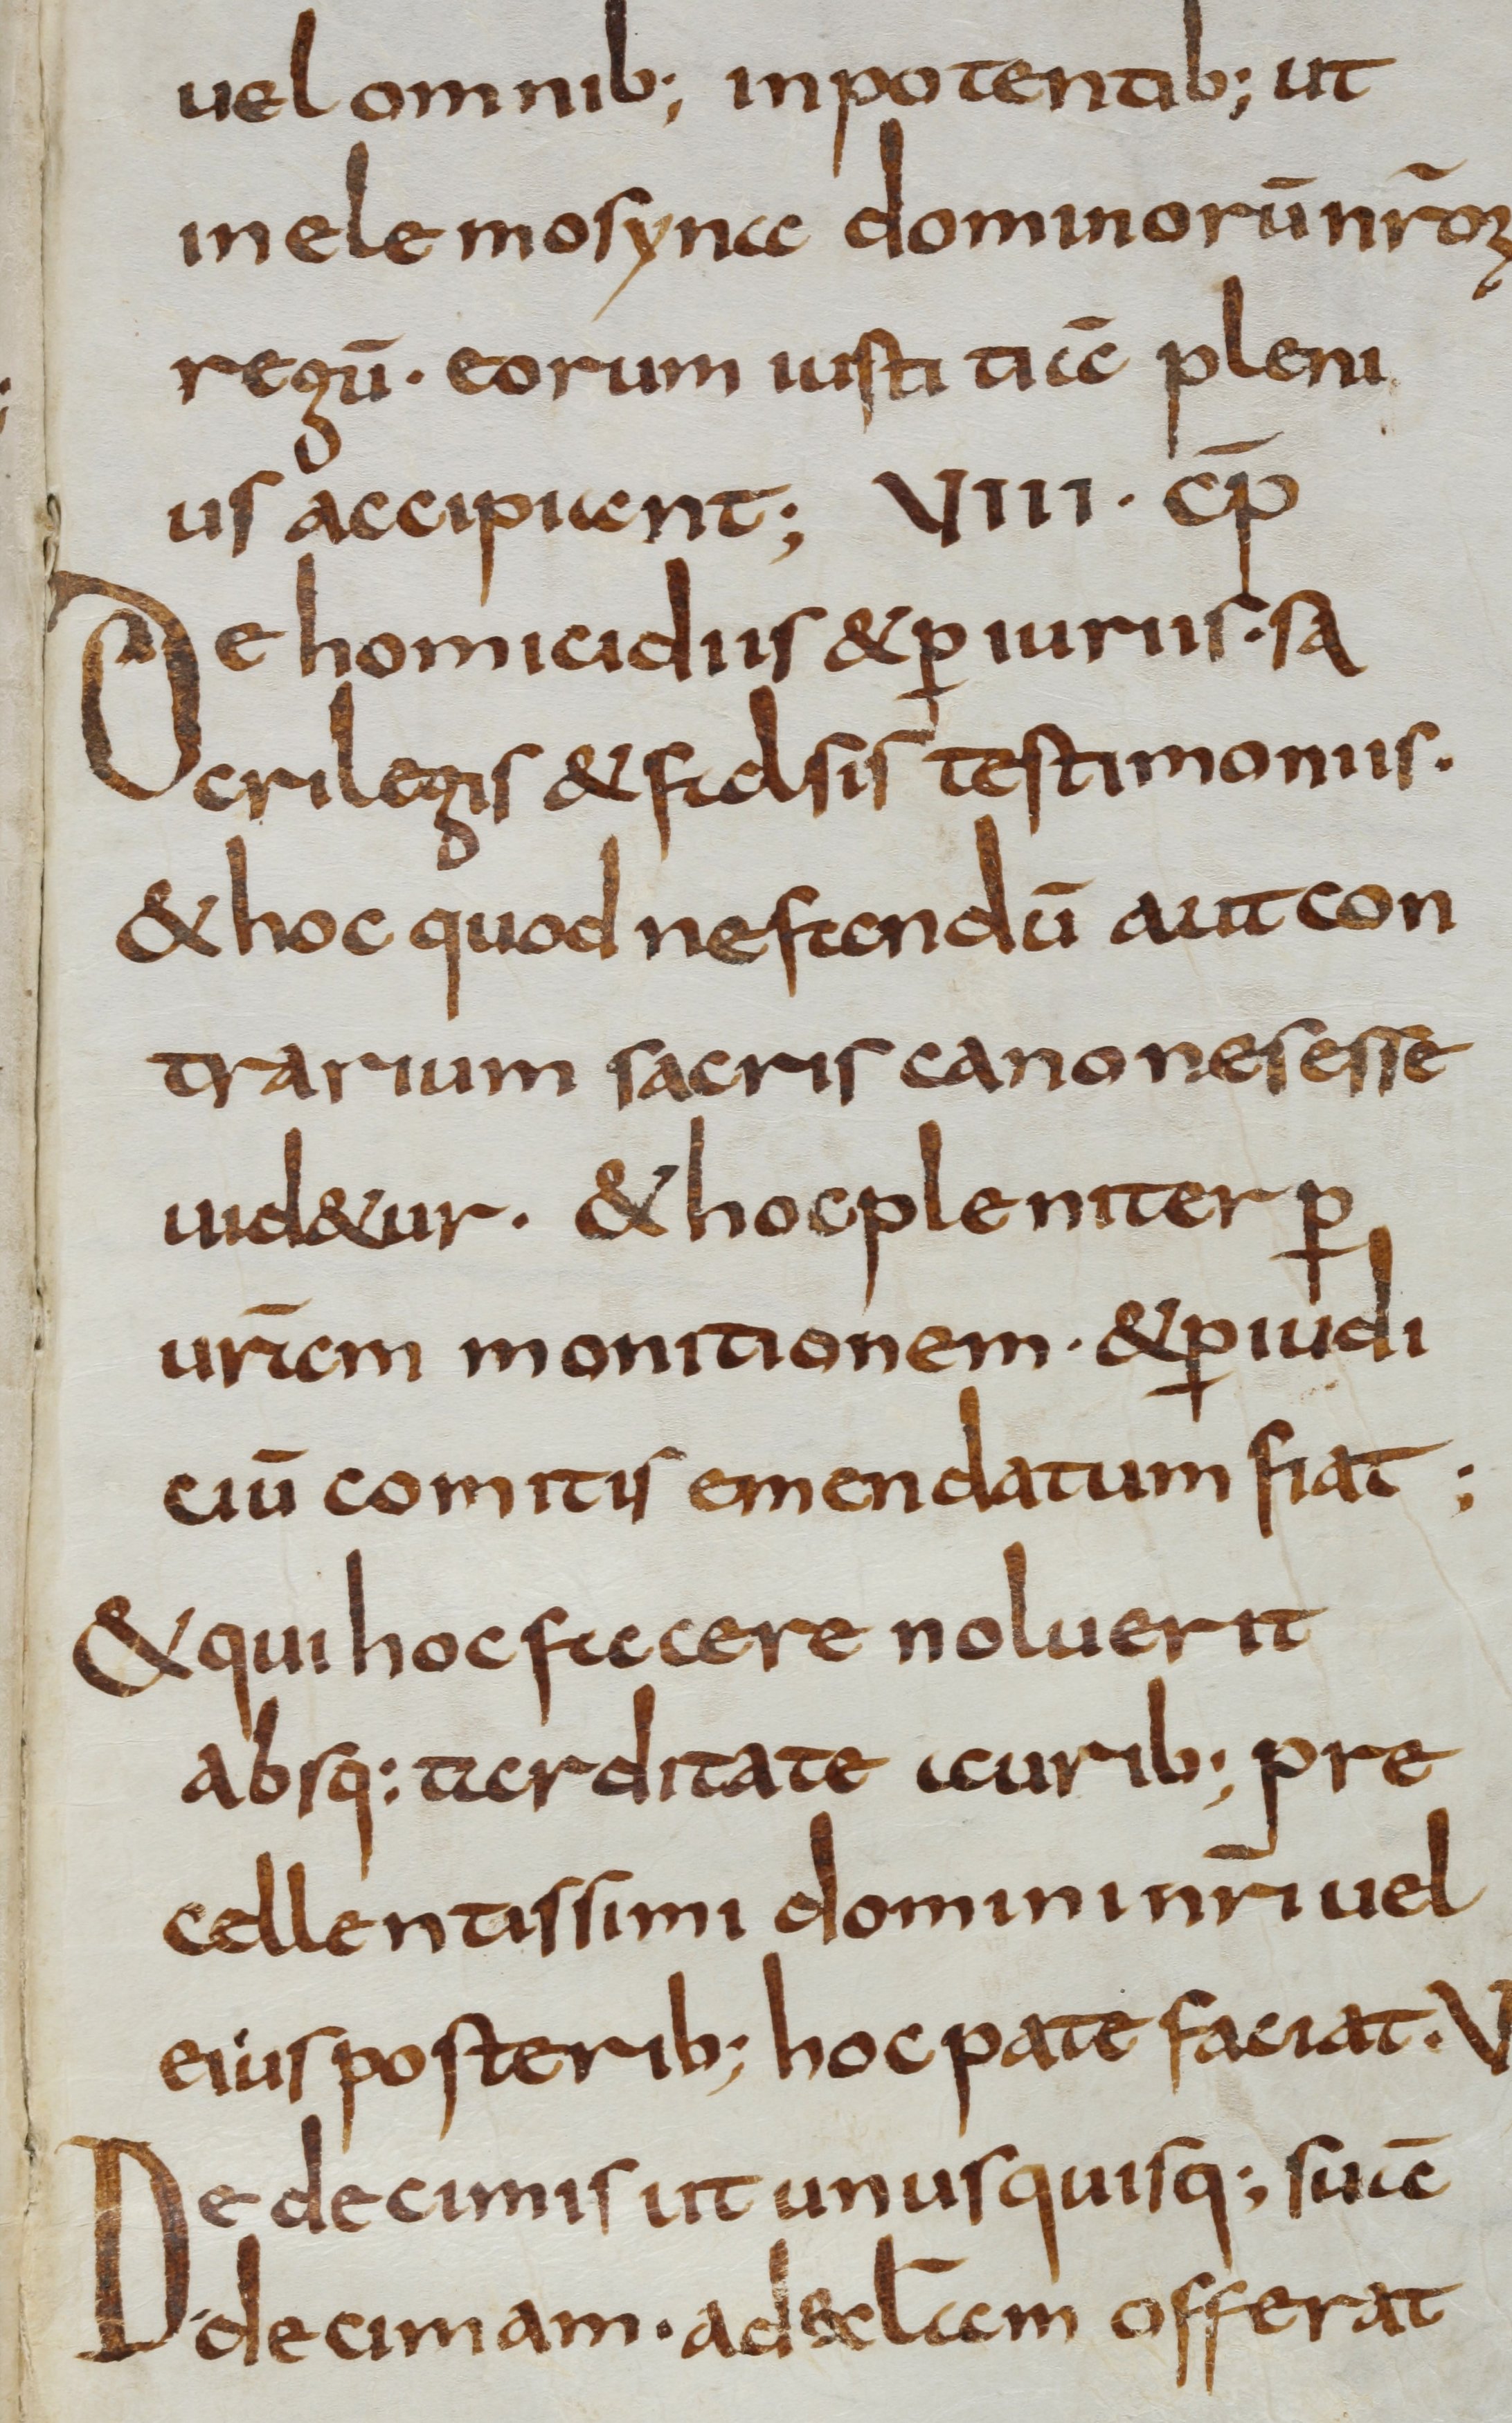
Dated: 800–825